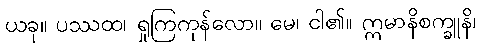
ယခု။ ပဿထ၊ ရှုကြကုန်လော။ မေ၊ ငါ၏။ ဣမာနိစက္ခူနိ၊